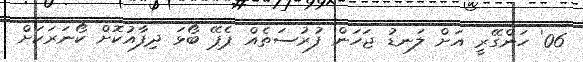
06' ހަންގޭރީ އަށް ލަނޑު ޖަހަން ފުރުސަތެއް ޕެޕޭ ބޯޅަ ދިފާއުކޮށް ކޯނަރަކަށް